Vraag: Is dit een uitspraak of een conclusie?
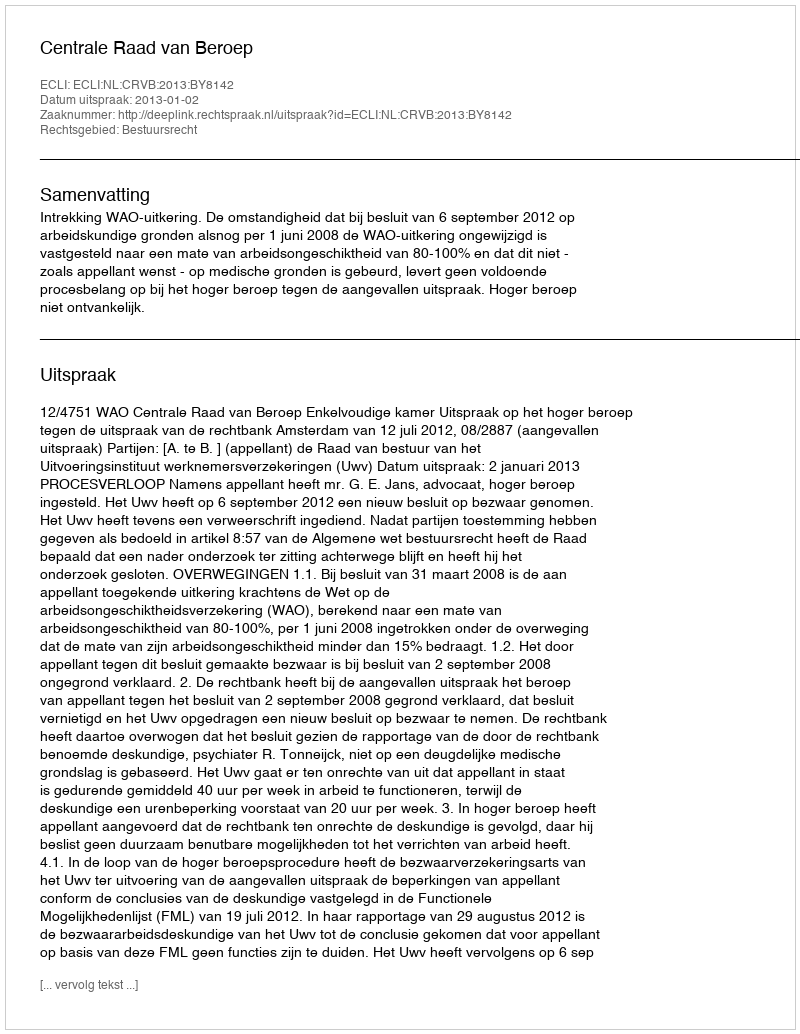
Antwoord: Uitspraak